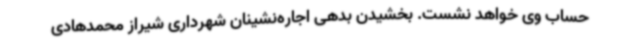
حساب وی خواهد نشست. بخشیدن بدهی اجاره‌نشینان شهرداری شیراز محمدهادی